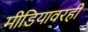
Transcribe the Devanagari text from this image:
मीडियावरही